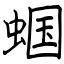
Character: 蝈